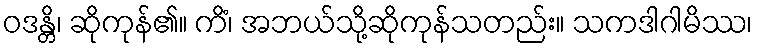
ဝဒန္တိ၊ ဆိုကုန်၏။ ကိံ၊ အဘယ်သို့ဆိုကုန်သတည်း။ သကဒါဂါမိဿ၊